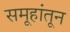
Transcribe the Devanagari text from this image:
समूहांतून